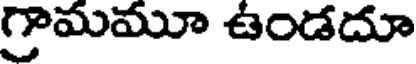
గ్రామమూ ఉండదూ